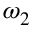
{ \boldsymbol { \omega } } _ { 2 }